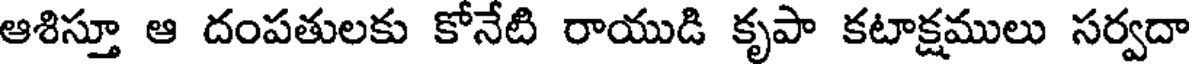
ఆశిస్తూ ఆ దంపతులకు కోనేటి రాయుడి కృపా కటాక్షములు సర్వదా